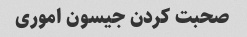
صحبت کردن جیسون اموری